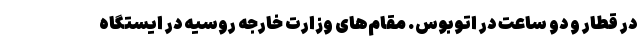
در قطار و دو ساعت در اتوبوس. مقام‌های وزارت خارجه روسیه در ایستگاه